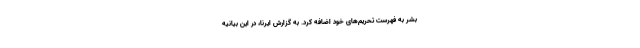
بشر به فهرست تحریم‌های خود اضافه کرد. به گزارش ایرنا، در این بیانیه